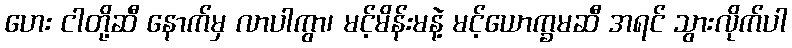
ဟေး ငါတို့ဆီ နောက်မှ လာပါကွာ၊ မင့်မိန်းမနဲ့ မင့်ယောက္ခမဆီ အရင် သွားလိုက်ပါ